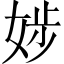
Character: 𡝃